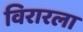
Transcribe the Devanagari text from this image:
विरारला